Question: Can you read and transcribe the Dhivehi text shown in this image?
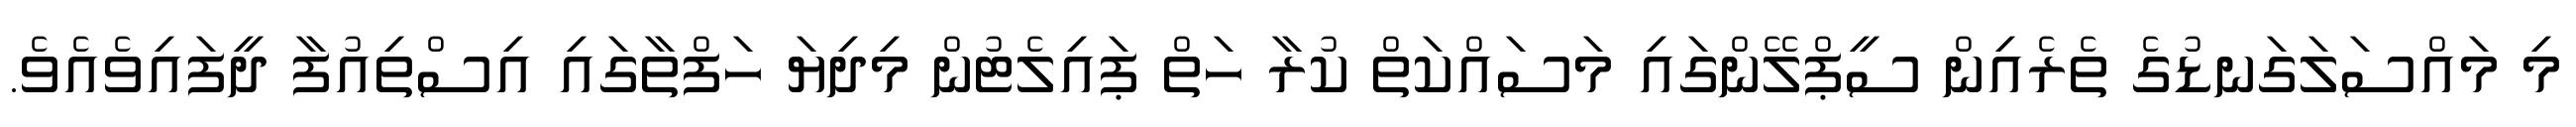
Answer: މި މައްސަލަގަނޑުގެ ތެރެއިން ސީޕްލޭންގައި މަސައްކަތް ކުރާ ހަތް ޕައިލެޓުން މިދިޔަ ހަފްތާގައި އިސްތިއުފާ ދީފައިވެއެވެ.